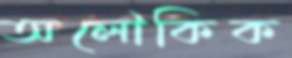
অলৌকিক